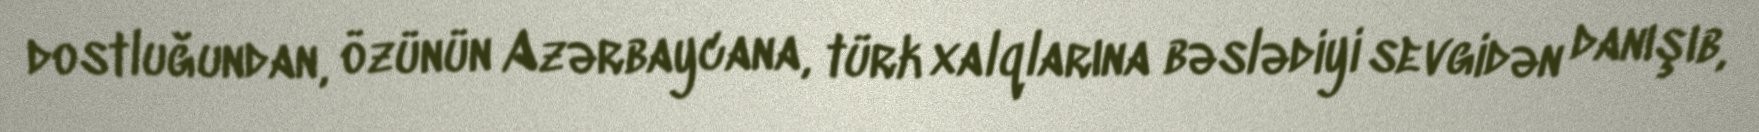
dostluğundan, özünün Azərbaycana, türk xalqlarına bəslədiyi sevgidən danışıb,